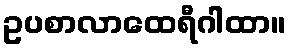
ဥပစာလာထေရီဂါထာ။